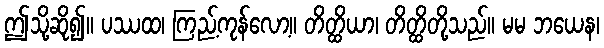
ဤသို့ဆို၍။ ပဿထ၊ ကြည့်ကုန်လော့။ တိတ္ထိယာ၊ တိတ္ထိတို့သည်။ မမ ဘယေန၊